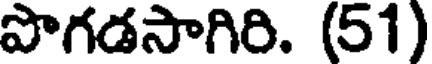
పొగడసాగిరి. (51)